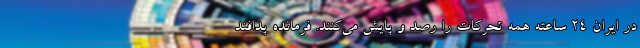
در ایران ۲۴ ساعته همه تحرکات را رصد و پایش می‌کنند. فرمانده پدافند